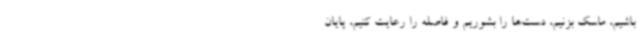
باشیم، ماسک بزنیم، دست‌ها را بشوریم و فاصله را رعایت کنیم، پایان